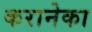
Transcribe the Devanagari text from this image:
करानेका